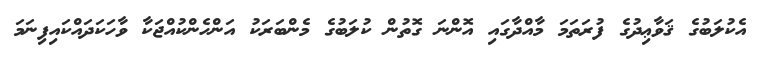
އެކުލަބުގެ ޤަވާޢިދުގެ ފުރަތަމަ މާއްދާގައި އޮންނަ ގޮތުން ކުލަބުގެ މެންބަރަކު އަންހެންކުއްޖަކާ ވާހަކަދައްކައިފިނަމަ